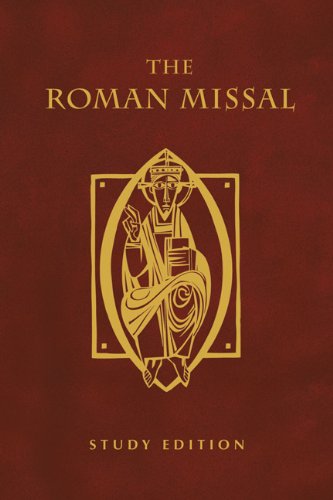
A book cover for The Roman Missal: Study Edition; Various; Christian Books & Bibles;